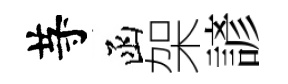
䒭函架諺